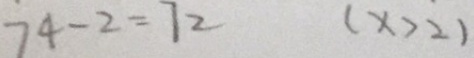
7 4 - 2 = 7 2 ( x > 2 )